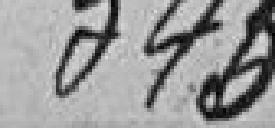
345